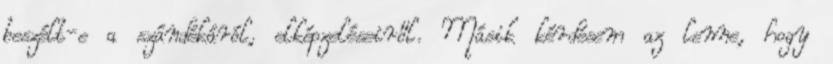
beszélt-e a szándékáról, elképzeléseiről. Másik kérdésem az lenne, hogy